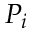
P _ { i }